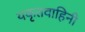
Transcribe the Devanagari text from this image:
यकृतवाहिनी